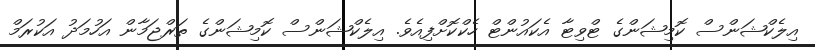
އިލެކްޝަންސް ކޮމިޝަންގެ ޓްވިޓާ އެކައުންޓް ހެކްކޮށްފިއެވެ. އިލެކްޝަންސް ކޮމިޝަންގެ ތަރްޖަމާން އަހުމަދު އަކުރަމް